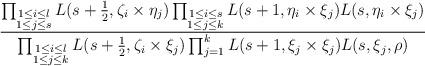
LaTeX: \begin{align*}\frac{\prod_{\substack{1\leq i\leq l \\ 1\leq j \leq s}}L(s+\frac{1}{2}, \zeta_i\times \eta_j)\prod_{\substack{1\leq i \leq s\\ 1\leq j\leq k}}L(s+1,\eta_i\times\xi_j)L(s,\eta_i\times\xi_j)}{\prod_{\substack{1\leq i \leq l\\ 1\leq j\leq k}}L(s+\frac{1}{2},\zeta_i\times\xi_j)\prod_{j=1}^{k}L(s+1,\xi_j\times\xi_j)L(s,\xi_j,\rho)}\end{align*}